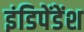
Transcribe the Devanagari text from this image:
इंडिपेंडेंश